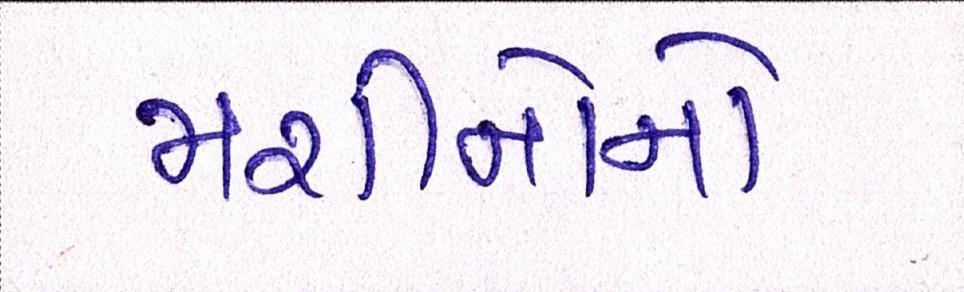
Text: મશીનોનો